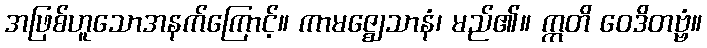
အဖြစ်ဟူသောအနက်ကြောင့်။ ကာမဇ္ဈေသာနံ၊ မည်၏။ ဣတိ ဝေဒိတဗ္ဗံ။